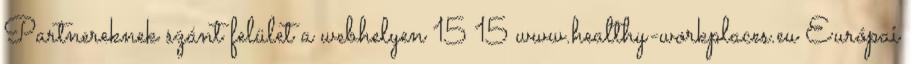
Partnereknek szánt felület a webhelyen 15 15 www.healthy-workplaces.eu Európai